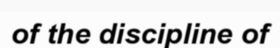
of the discipline of